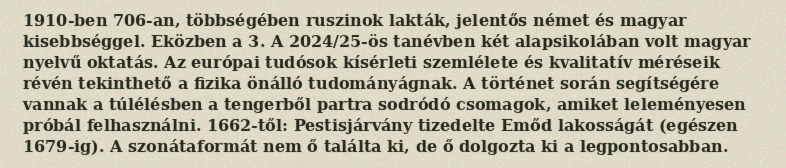
1910-ben 706-an, többségében ruszinok lakták, jelentős német és magyar kisebbséggel. Eközben a 3. A 2024/25-ös tanévben két alapsikolában volt magyar nyelvű oktatás. Az európai tudósok kísérleti szemlélete és kvalitatív méréseik révén tekinthető a fizika önálló tudományágnak. A történet során segítségére vannak a túlélésben a tengerből partra sodródó csomagok, amiket leleményesen próbál felhasználni. 1662-től: Pestisjárvány tizedelte Emőd lakosságát (egészen 1679-ig). A szonátaformát nem ő találta ki, de ő dolgozta ki a legpontosabban.